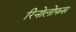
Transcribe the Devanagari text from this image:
रिनोलोफस